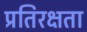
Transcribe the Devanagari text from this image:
प्रतिरक्षता